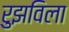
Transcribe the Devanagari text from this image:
रुझविला